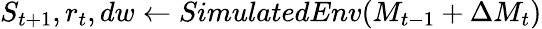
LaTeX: S_{t+1},r_{t},dw\leftarrow SimulatedEnv(M_{t-1}+\Delta M_{t})